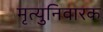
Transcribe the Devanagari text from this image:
मृत्युनिवारक